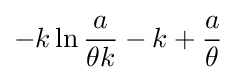
-k\ln {\frac {a}{\theta k}}-k+{\frac {a}{\theta }}